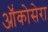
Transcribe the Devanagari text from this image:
ऑंकोसेरा